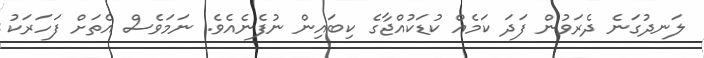
ލަނދުގަނެ ދެރަވުން ފަދަ ކަމެއް ކުޑަކުއްޖާގެ ކިބައިން ނުފެނެއެވެ. ނަމަވެސް އެތަށް ފަހަރަކު